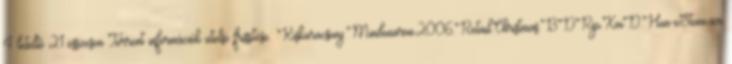
4 letöltő 21 összesen Torrent információk utolsó frissítése: Kiskaracsony.Mindenaron.2006.Retail.Christmas.BDRip.XviD.Hun-eStone.avi